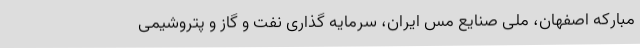
مبارکه اصفهان، ملی صنایع مس ایران، سرمایه‌ گذاری نفت و گاز و پتروشیمی